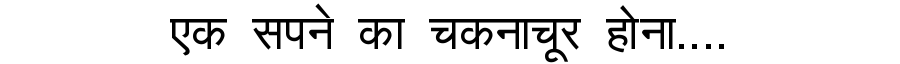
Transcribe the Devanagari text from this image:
एक सपने का चकनाचूर होना....